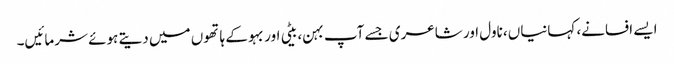
ایسے افسانے، کہانیاں، ناول اور شاعری جسے آپ بہن، بیٹی اور بہو کے ہاتھوں میں دیتے ہوئے شرمائیں۔